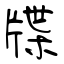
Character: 牒